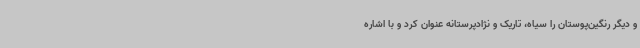
و دیگر رنگین‌پوستان را سیاه، تاریک و نژادپرستانه عنوان کرد و با اشاره